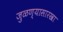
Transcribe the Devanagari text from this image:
जुळण्यासारखा